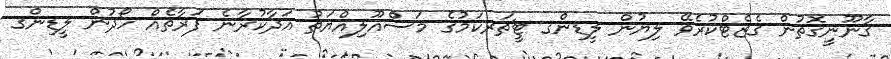
ޤާނޫނީގޮތުން ގެޒެޓްކުރެވޭ ލިޔުން ލީޑިންގ ޓީޗަރކަމުގެ މަސްއޫލިއްޔަތު އަދާކުރާނެ ފަރާތެއް ހޯދުން ލީޑިންގ